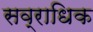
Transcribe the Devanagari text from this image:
सव्राधिक